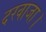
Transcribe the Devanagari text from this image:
दरवाजा।